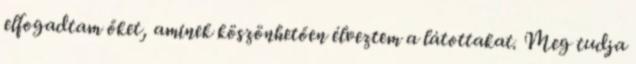
elfogadtam őket, aminek köszönhetően élveztem a látottakat. Meg tudja